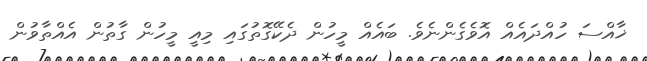
ޚާއްސަ ހުއްދައެއް އޮވެގެންނެވެ. ބައެއް މީހުން ދެކޭގޮތުގައި މިއީ މީހުން ގާތުން އެއްތާވުން